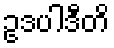
ဥဒပါဒီတိ